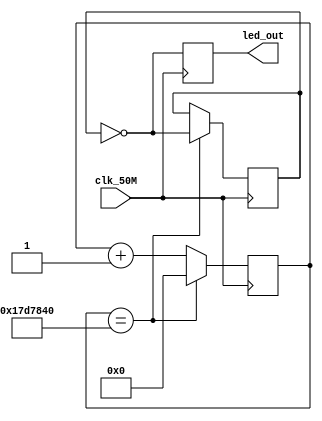

//
//

module ledwater (clk_50M,led_out);
input   clk_50M;       //50M
output  led_out;    

reg [24:0] count;  //25000000
reg  div_clk;     //
reg  led_out;

//
always @ ( posedge clk_50M )
begin
if ( count==25000000 )
 begin
  div_clk<=~div_clk;
   count<=0;
  end
else
  count<=count+1;
  led_out<=~div_clk;   //
end 

endmodule